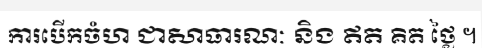
ការបើកចំហ ជាសាធារណៈ និង ឥត គិត ថ្លៃ ។